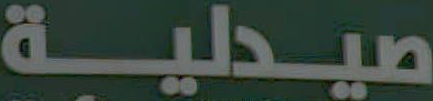
صيدلية